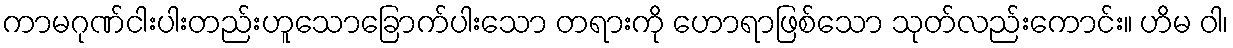
ကာမဂုဏ်ငါးပါးတည်းဟူသောခြောက်ပါးသော တရားကို ဟောရာဖြစ်သော သုတ်လည်းကောင်း။ ဟိမ ဝါ၊